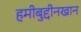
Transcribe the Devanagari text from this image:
हमीबुद्दीनखान